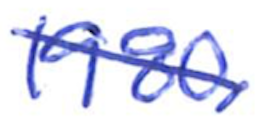
Text: 1980,
Cross-out: diagonal
Writing tool: ballpoint